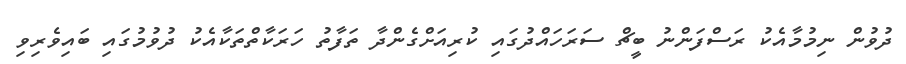
ދުވުން ނިމުމާއެކު ރަސްފަންނު ބީޗް ސަރަހައްދުގައި ކުރިއަށްގެންދާ ތަފާތު ހަރަކާތްތަކާއެކު ދުވުމުގައި ބައިވެރިވި